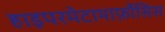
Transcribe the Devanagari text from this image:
हाइपरमेटामार्फ़ोसिस